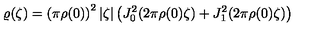
\varrho ( \zeta ) = \left( \pi \rho ( 0 ) \right) ^ { 2 } | \zeta | \left( J _ { 0 } ^ { 2 } ( 2 \pi \rho ( 0 ) \zeta ) + J _ { 1 } ^ { 2 } ( 2 \pi \rho ( 0 ) \zeta ) \right)